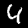
Label: 4